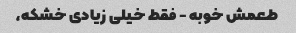
طعمش خوبه - فقط خیلی زیادی خشکه،